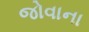
જોવાના